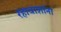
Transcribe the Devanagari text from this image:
रहावाशांना